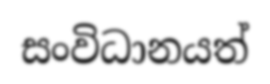
සංවිධානයත්